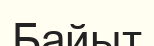
Байыт